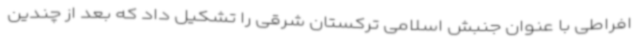
افراطی با عنوان جنبش اسلامی ترکستان شرقی را تشکیل داد که بعد از چندین